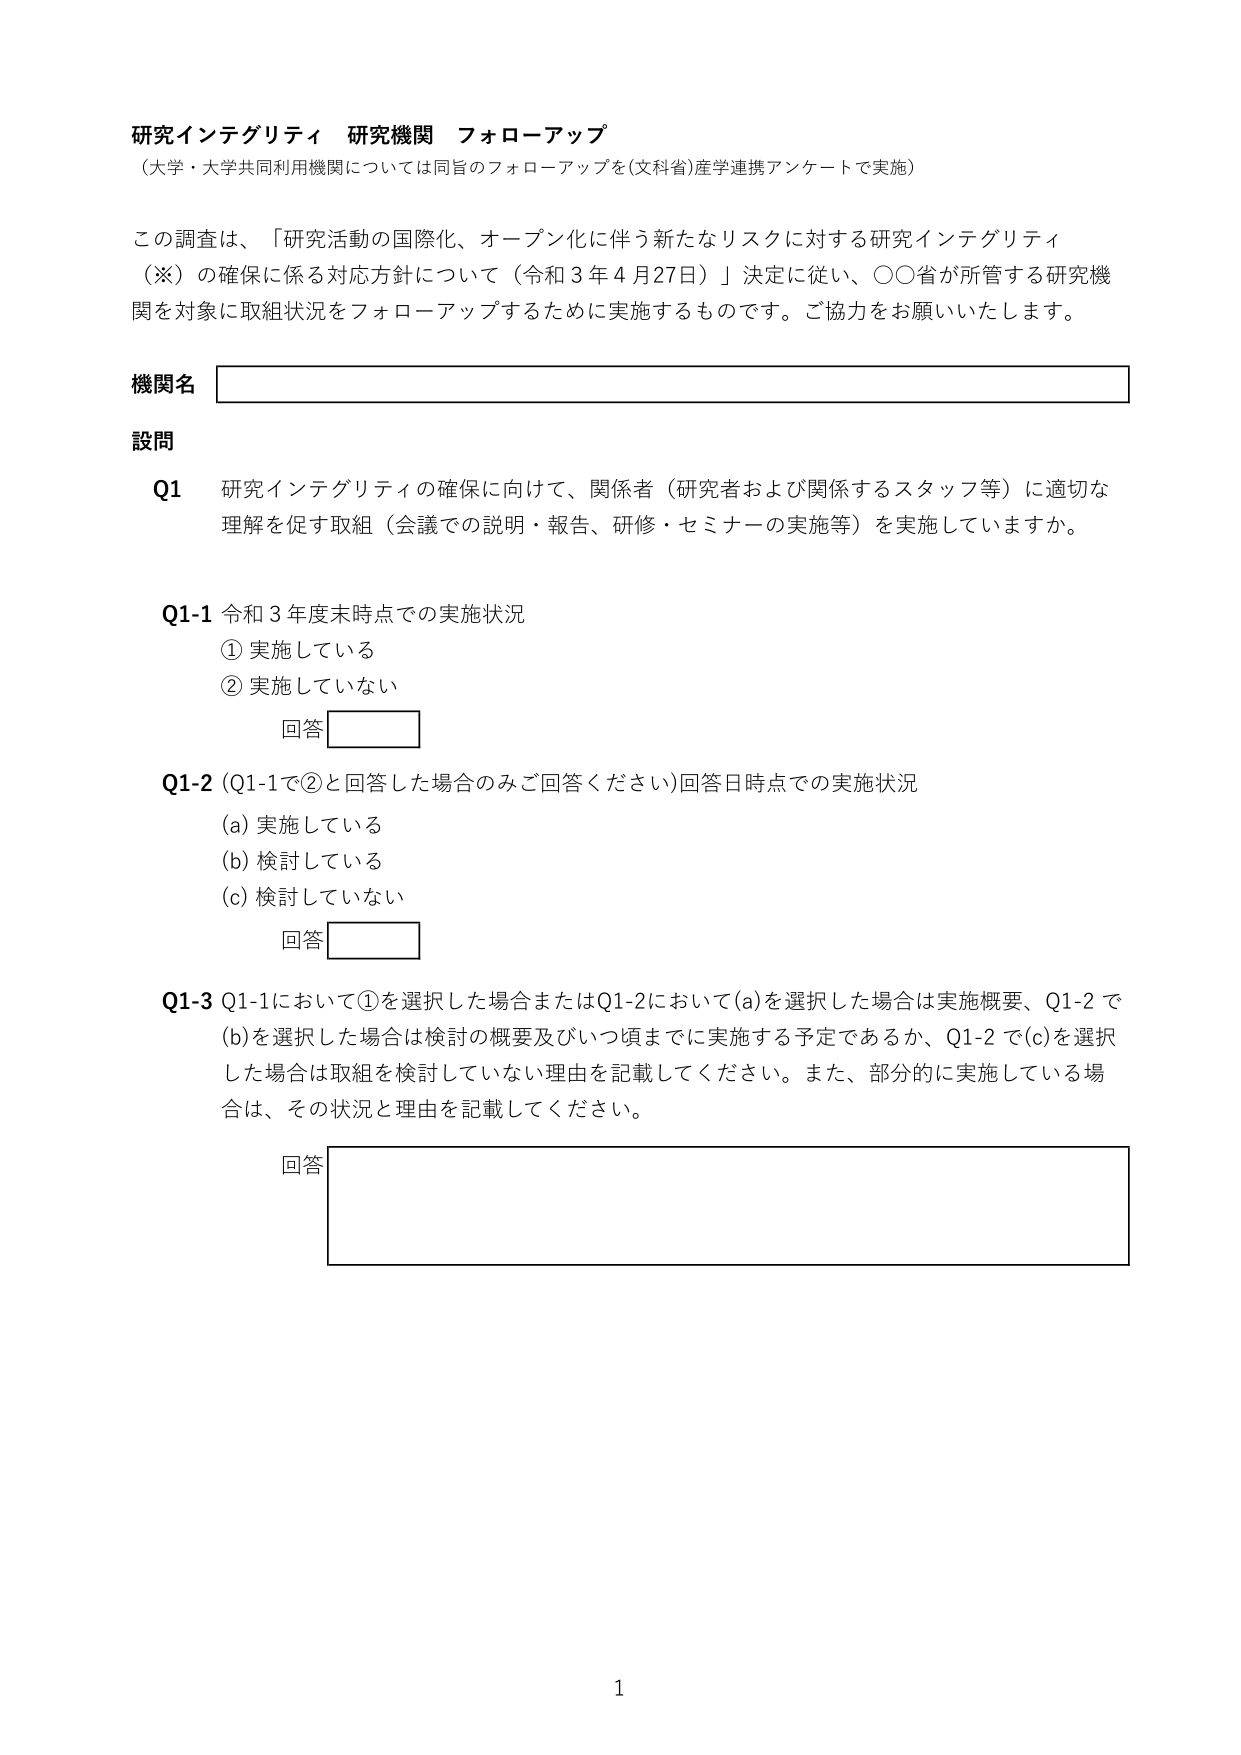
研究インテグリティ 研究機関 フォローアップ
（大学・大学共同利用機関については同旨のフォローアップを(文科省)産学連携アンケートで実施）

この調査は、「研究活動の国際化、オープン化に伴う新たなリスクに対する研究インテグリティ
（※）の確保に係る対応方針について（令和３年４月27日）」決定に従い、○○省が所管する研究機
関を対象に取組状況をフォローアップするために実施するものです。ご協力をお願いいたします。

機関名

設問

Q1 研究インテグリティの確保に向けて、関係者（研究者および関係するスタッフ等）に適切な
理解を促す取組（会議での説明・報告、研修・セミナーの実施等）を実施していますか。

Q1-1 令和３年度末時点での実施状況
① 実施している
② 実施していない
回答

Q1-2 （Q1-1で②と回答した場合のみご回答ください）回答日時点での実施状況
(a) 実施している
(b) 検討している
(c) 検討していない
回答

Q1-3 Q1-1において①を選択した場合またはQ1-2において(a)を選択した場合は実施概要、Q1-2で
(b)を選択した場合は検討の概要及びいつ頃までに実施する予定であるか、Q1-2で(c)を選択
した場合は取組を検討していない理由を記載してください。また、部分的に実施している場
合は、その状況と理由を記載してください。
回答

1